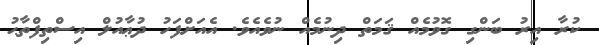
ކުރާ އިރު ބަންގި ގޮވުމެއް ޤަމަތް ދިނުމެއް ނުވެއެވެ. އެއަށްފަހު ދުޢާއުލް އިސްތިފްތާޙު